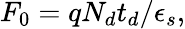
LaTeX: F_{0}=qN_{d}t_{d}/\epsilon_{s},